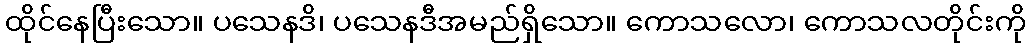
ထိုင်နေပြီးသော။ ပသေနဒိ၊ ပသေနဒီအမည်ရှိသော။ ကောသလော၊ ကောသလတိုင်းကို